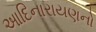
આદિનારાયણનો